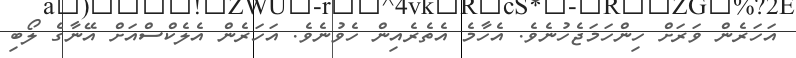
އަހަރެން ވަރަށް ހިންހަމަޖެހުނެވެ. އެހާމެ އެތެރެއިން ހެވުނެވެ. އަހަރެން އެލެކްސްއަށް އޭނާގެ ލޯބި